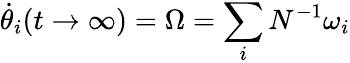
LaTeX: \dot{\theta}_{i}(t\rightarrow\infty)=\Omega=\sum_{i}N^{-1}\omega_{i}